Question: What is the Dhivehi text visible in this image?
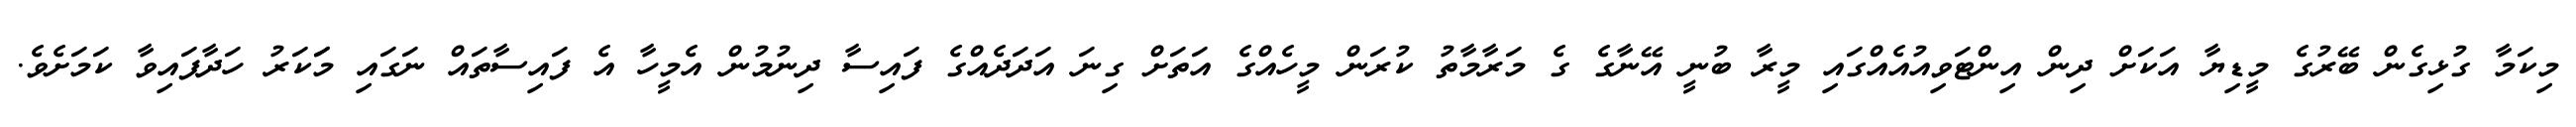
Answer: މިކަމާ ގުޅިގެން ބޭރުގެ މީޑިޔާ އަކަށް ދިން އިންޓަވިއުއެއްގައި މީރާ ބުނީ އޭނާގެ ގެ މަރާމާތު ކުރަން މީހެއްގެ އަތަށް ގިނަ އަދަދެއްގެ ފައިސާ ދިނުމުން އެމީހާ އެ ފައިސާތައް ނަގައި މަަކަރު ހަދާފައިވާ ކަމަށެވެ.